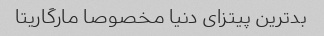
بدترین پیتزای دنیا مخصوصا مارگاریتا